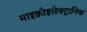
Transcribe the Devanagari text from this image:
माइक्रोइलेक्ट्रानिक